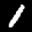
Label: 1